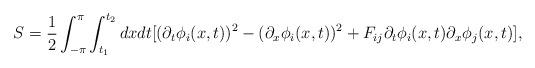
LaTeX: \begin{align*}S=\frac{1}{2}\int_{-\pi}^{\pi}\int_{t_{1}}^{t_{2}}dxdt[(\partial_{t} \phi_{i}(x,t))^{2}-(\partial_{x}\phi_{i}(x,t))^{2}+F_{ij}\partial_{t} \phi_{i}(x,t)\partial_{x}\phi_{j}(x,t)], \end{align*}